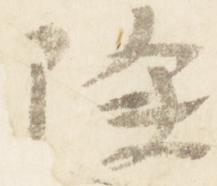
除